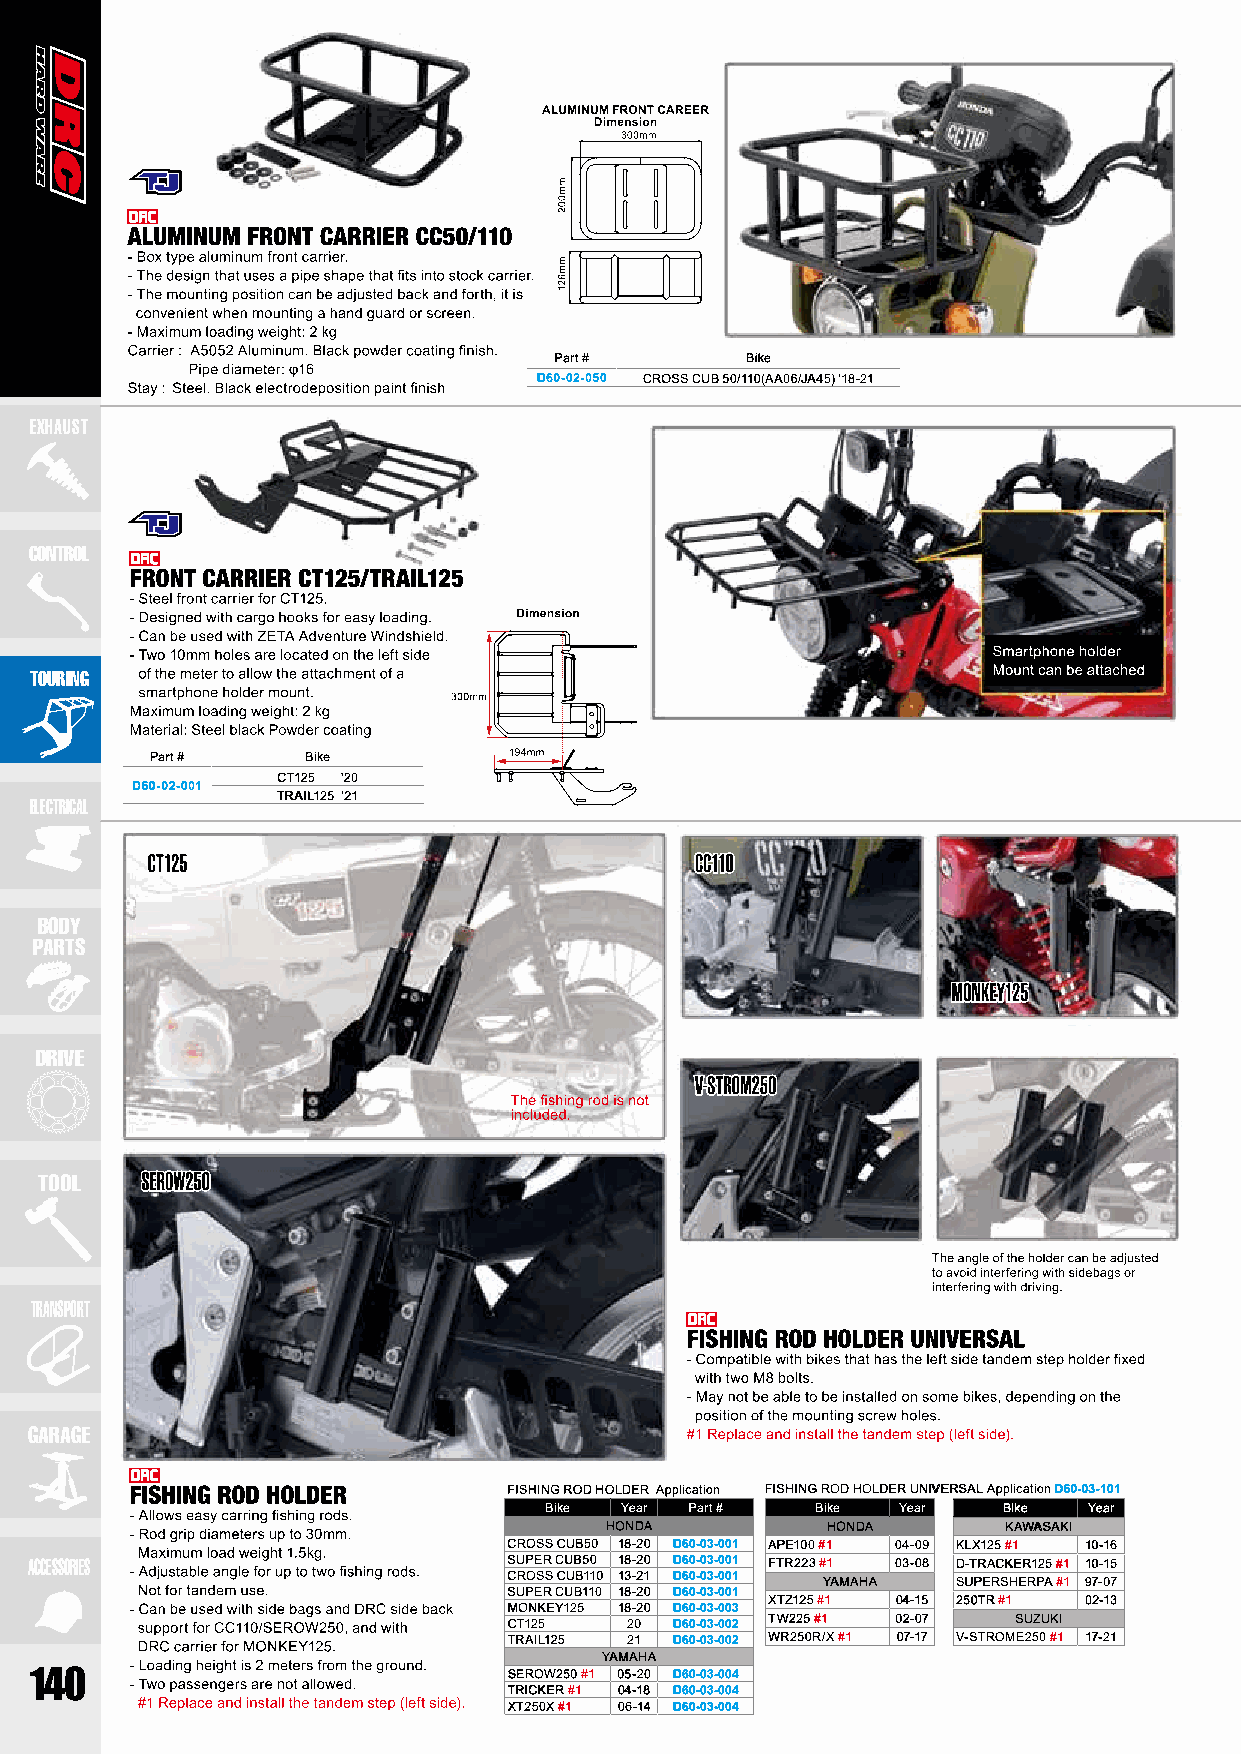
Part #      Bike
 D60-02-050 CROSS CUB 50/110(AA06/JA45) ’18-21
 EXHAUST
 CONTROL
 TOURING
 Part #    Bike
 CT125 ’20
 D60-02-001
 TRAIL125 ’21
 ELECTRICAL
 BODY
 PARTS
 DRIVE
 TOOL
 TRANSPORT
 GARAGE
 FISHING ROD HOLDER Application FISHING ROD HOLDER UNIVERSAL Application D60-03-101
 Bike Year Part #  Bike Year   Bike  Year
 HONDA          HONDA       KAWASAKI
 CROSS CUB50 18-20 D60-03-001 APE100 #1 04-09 KLX125 #1 10-16
 ACCESSORIES                     SUPER CUB50 18-20 D60-03-001 FTR223 #1 03-08 D-TRACKER125 #1 10-15
 CROSS CUB110 13-21 D60-03-001 YAMAHA SUPERSHERPA #1 97-07
 SUPER CUB110 18-20 D60-03-001
 XTZ125 #1 04-15 250TR #1 02-13
 MONKEY125 18-20 D60-03-003
 CT125  20  D60-03-002 TW225 #1 02-07 SUZUKI
 TRAIL125 21 D60-03-002 WR250R/X #1 07-17 V-STROME250 #1 17-21
 YAMAHA
 140                             SEROW250 #1 05-20 D60-03-004
 TRICKER #1 04-18 D60-03-004
 XT250X #1 06-14 D60-03-004